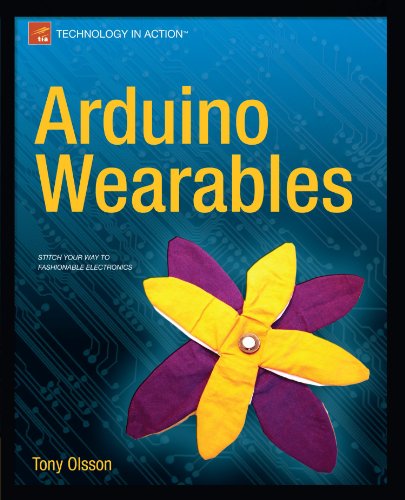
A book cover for Arduino Wearables (Technology in Action); Tony Olsson; Computers & Technology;